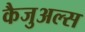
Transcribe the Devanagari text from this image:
कैजुअल्स